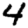
Digit: 4